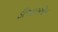
ડીઆરએમ